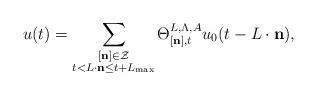
LaTeX: \begin{align*}u(t) = \sum_{\substack{[\mathbf n] \in \mathcal Z \\ t < L \cdot \mathbf n \leq t + L_{\max}}} \Theta_{[\mathbf n], t}^{L, \Lambda, A} u_0(t - L \cdot \mathbf n),\end{align*}